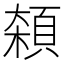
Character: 𱂘